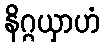
နိဂ္ဂယှာဟံ